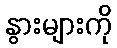
နွားများကို